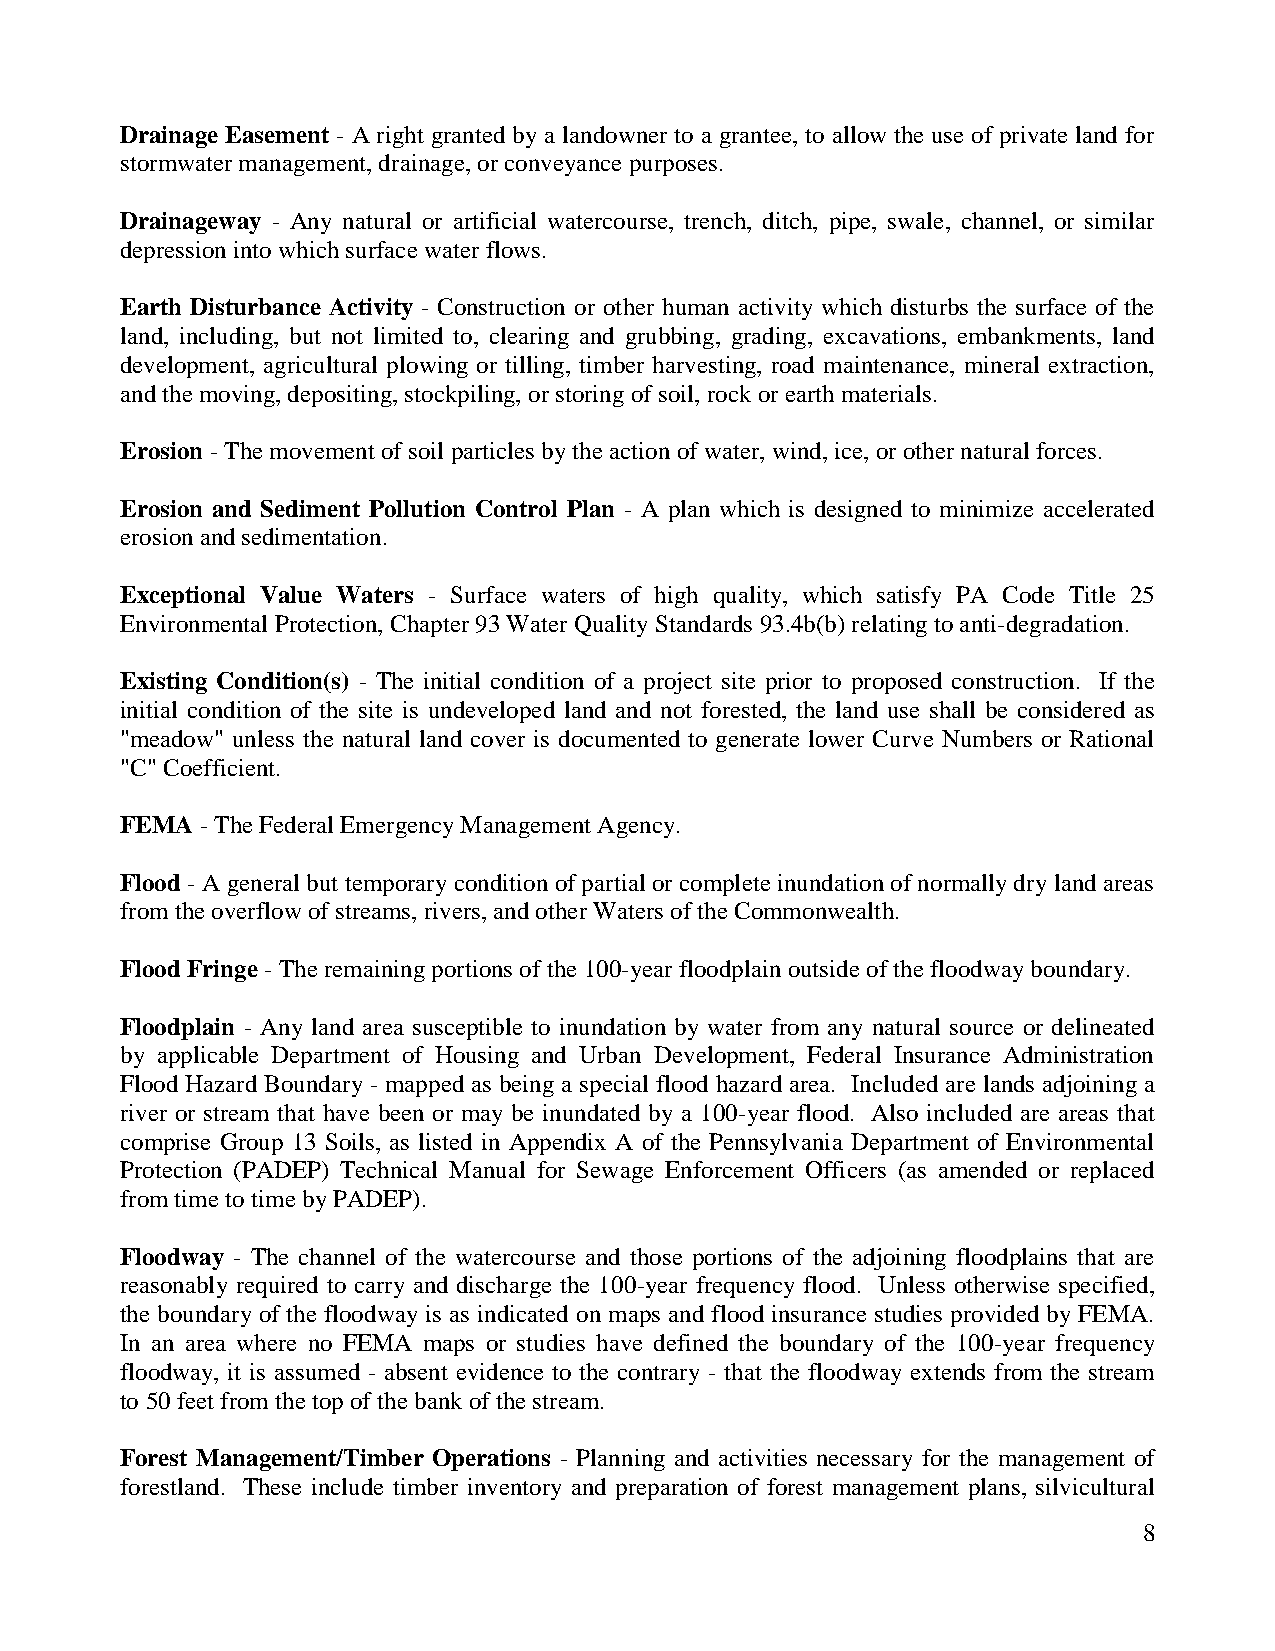
Drainage Easement - A right granted by a landowner to a grantee, to allow the use of private land for
 stormwater management, drainage, or conveyance purposes.
 Drainageway - Any natural or artificial watercourse, trench, ditch, pipe, swale, channel, or similar
 depression into which surface water flows.
 Earth Disturbance Activity - Construction or other human activity which disturbs the surface of the
 land, including, but not limited to, clearing and grubbing, grading, excavations, embankments, land
 development, agricultural plowing or tilling, timber harvesting, road maintenance, mineral extraction,
 and the moving, depositing, stockpiling, or storing of soil, rock or earth materials.
 Erosion - The movement of soil particles by the action of water, wind, ice, or other natural forces.
 Erosion and Sediment Pollution Control Plan - A plan which is designed to minimize accelerated
 erosion and sedimentation.
 Exceptional Value Waters - Surface waters of high quality, which satisfy PA Code Title 25
 Environmental Protection, Chapter 93 Water Quality Standards 93.4b(b) relating to anti-degradation.
 Existing Condition(s) - The initial condition of a project site prior to proposed construction. If the
 initial condition of the site is undeveloped land and not forested, the land use shall be considered as
 "meadow" unless the natural land cover is documented to generate lower Curve Numbers or Rational
 "C" Coefficient.
 FEMA - The Federal Emergency Management Agency.
 Flood - A general but temporary condition of partial or complete inundation of normally dry land areas
 from the overflow of streams, rivers, and other Waters of the Commonwealth.
 Flood Fringe - The remaining portions of the 100-year floodplain outside of the floodway boundary.
 Floodplain - Any land area susceptible to inundation by water from any natural source or delineated
 by applicable Department of Housing and Urban Development, Federal Insurance Administration
 Flood Hazard Boundary - mapped as being a special flood hazard area. Included are lands adjoining a
 river or stream that have been or may be inundated by a 100-year flood. Also included are areas that
 comprise Group 13 Soils, as listed in Appendix A of the Pennsylvania Department of Environmental
 Protection (PADEP) Technical Manual for Sewage Enforcement Officers (as amended or replaced
 from time to time by PADEP).
 Floodway - The channel of the watercourse and those portions of the adjoining floodplains that are
 reasonably required to carry and discharge the 100-year frequency flood. Unless otherwise specified,
 the boundary of the floodway is as indicated on maps and flood insurance studies provided by FEMA.
 In an area where no FEMA maps or studies have defined the boundary of the 100-year frequency
 floodway, it is assumed - absent evidence to the contrary - that the floodway extends from the stream
 to 50 feet from the top of the bank of the stream.
 Forest Management/Timber Operations - Planning and activities necessary for the management of
 forestland. These include timber inventory and preparation of forest management plans, silvicultural
 8